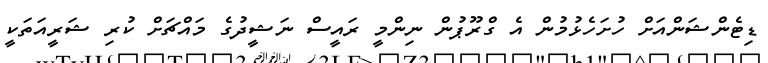
ޑިޓެންޝަންއަށް ހުށަހެޅުމުން އެ ގްރޫޕުން ނިންމީ ރައީސް ނަޝީދުގެ މައްޗަށް ކުރި ޝަރީއަތަކީ